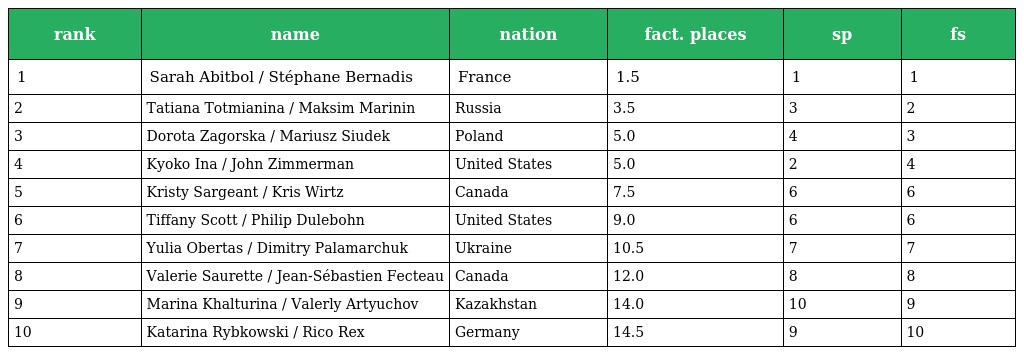
| rank | name | nation | fact. places | sp | fs |
 | --- | --- | --- | --- | --- | --- |
 | 1 | Sarah Abitbol / Stéphane Bernadis | France | 1.5 | 1 | 1 |
 | 2 | Tatiana Totmianina / Maksim Marinin | Russia | 3.5 | 3 | 2 |
 | 3 | Dorota Zagorska / Mariusz Siudek | Poland | 5.0 | 4 | 3 |
 | 4 | Kyoko Ina / John Zimmerman | United States | 5.0 | 2 | 4 |
 | 5 | Kristy Sargeant / Kris Wirtz | Canada | 7.5 | 6 | 6 |
 | 6 | Tiffany Scott / Philip Dulebohn | United States | 9.0 | 6 | 6 |
 | 7 | Yulia Obertas / Dimitry Palamarchuk | Ukraine | 10.5 | 7 | 7 |
 | 8 | Valerie Saurette / Jean-Sébastien Fecteau | Canada | 12.0 | 8 | 8 |
 | 9 | Marina Khalturina / Valerly Artyuchov | Kazakhstan | 14.0 | 10 | 9 |
 | 10 | Katarina Rybkowski / Rico Rex | Germany | 14.5 | 9 | 10 |